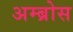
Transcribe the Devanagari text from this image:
अम्ब्रोस